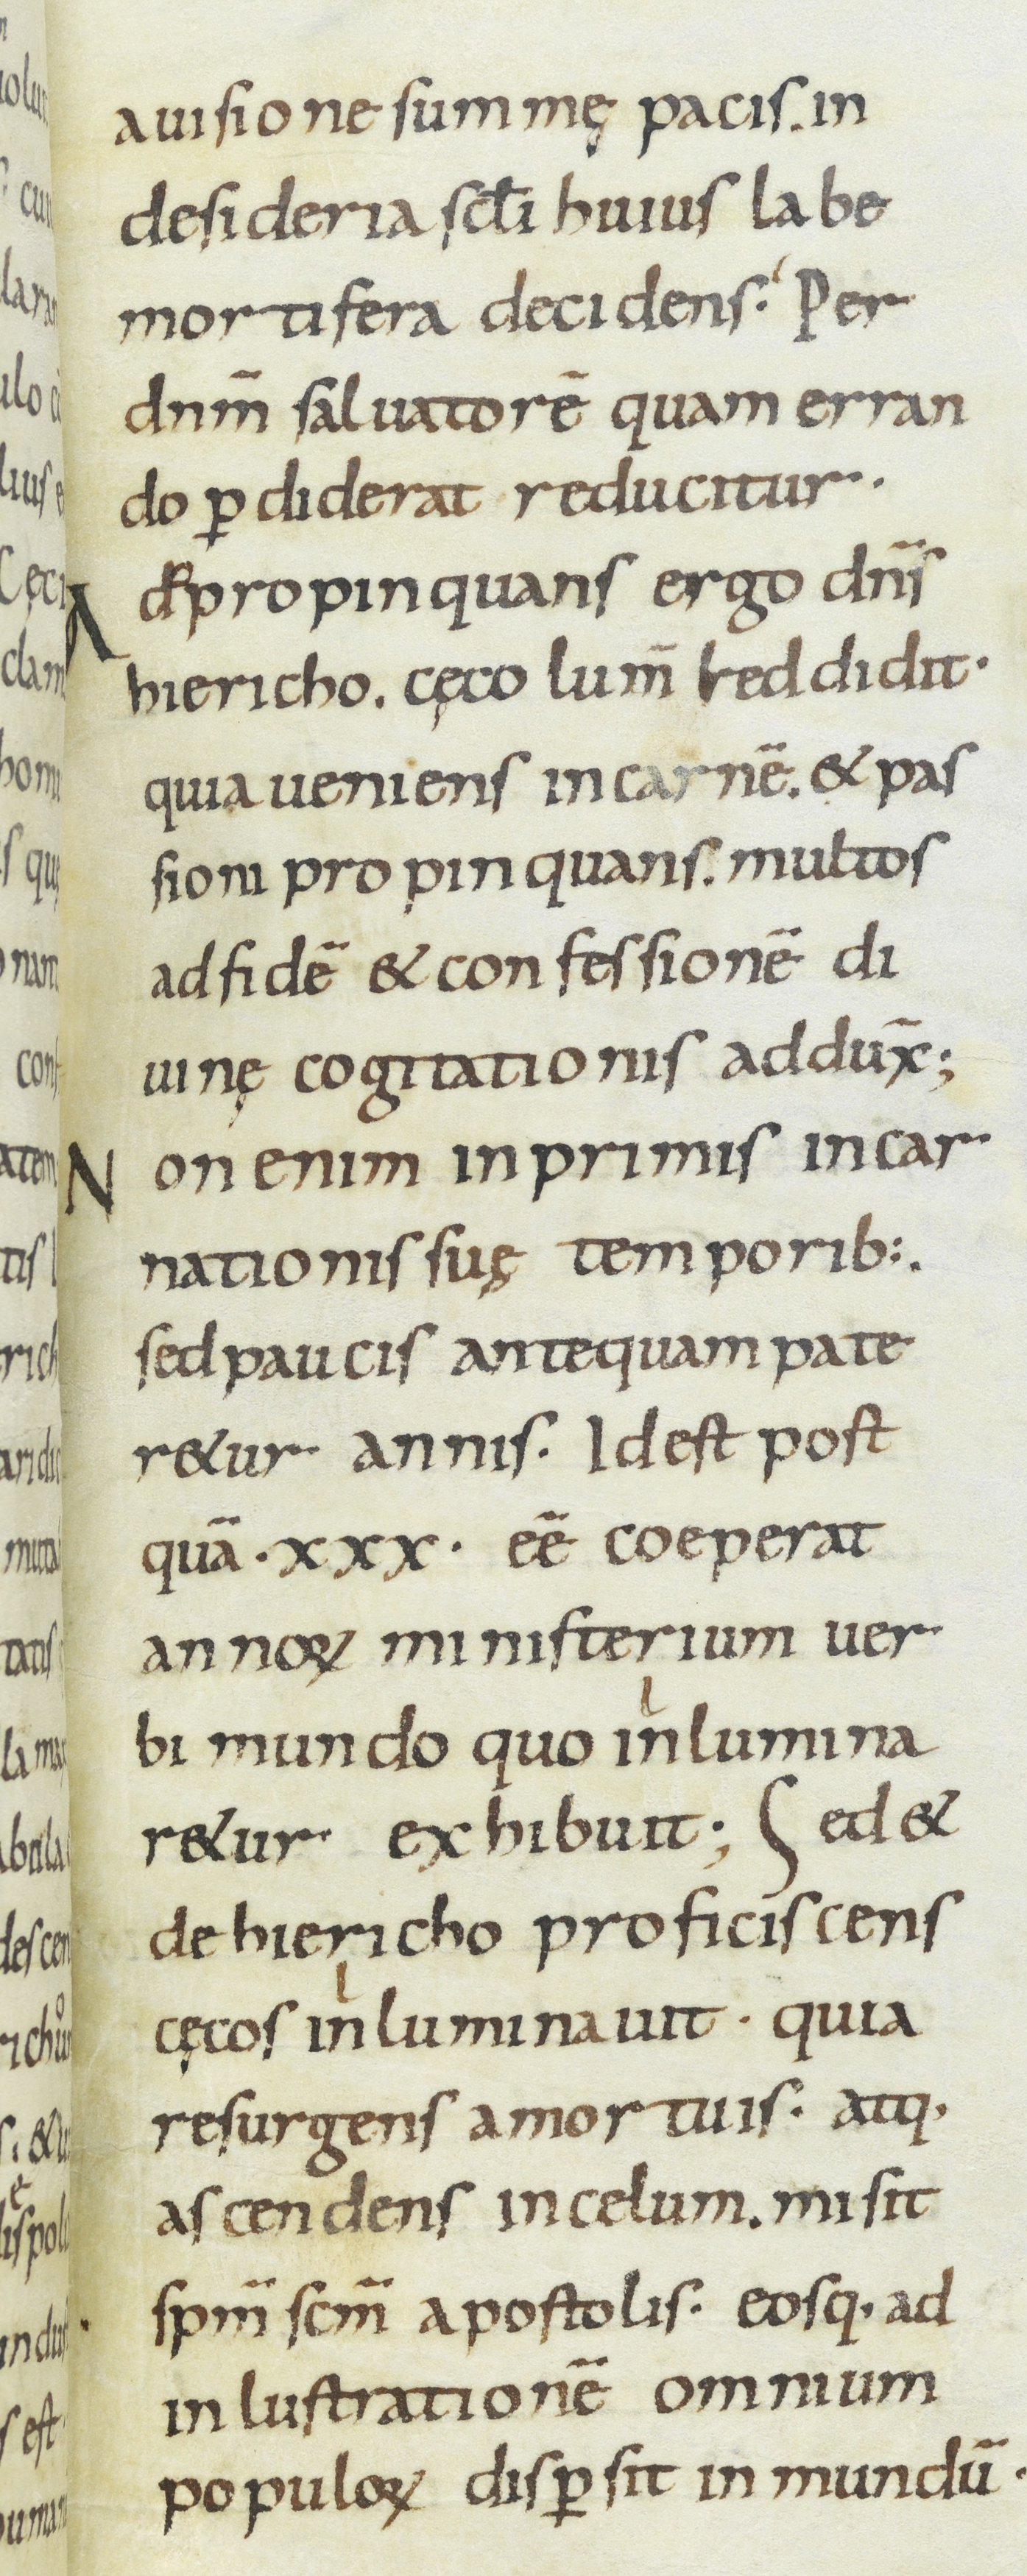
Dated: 800–899